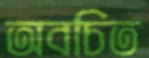
অবচিত